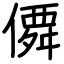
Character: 僲